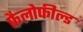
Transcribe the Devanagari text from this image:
फैलोफील्ड